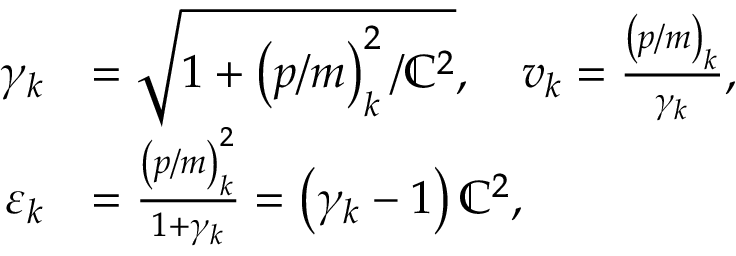
\begin{array} { r l } { \gamma _ { k } } & { = \sqrt { 1 + \left( \boldsymbol { p } / m \right) _ { k } ^ { 2 } / \mathbb { C } ^ { 2 } } , \quad \boldsymbol { v } _ { k } = \frac { \left( \boldsymbol { p } / m \right) _ { k } } { \gamma _ { k } } , } \\ { \varepsilon _ { k } } & { = \frac { \left( \boldsymbol { p } / m \right) _ { k } ^ { 2 } } { 1 + \gamma _ { k } } = \left( \gamma _ { k } - 1 \right) \mathbb { C } ^ { 2 } , } \end{array}